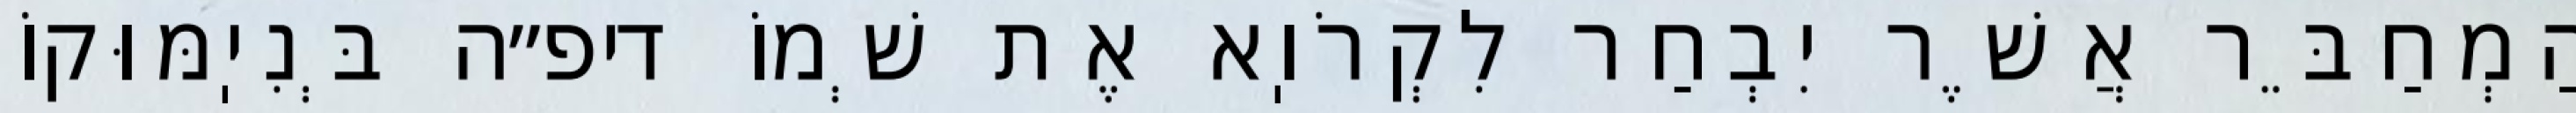
הַמְחַבֵּר אֲשֶׁר יִבְחַר לִקְרֹוֽא אֶת שְׁמוֹ דיפ״ה בְּנִיֽמּוּקוֹ